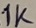
Text: 1K